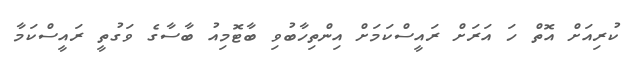
ކުރިއަށް އޮތް ހަ އަރަށް ރައީސްކަމަށް އިންތިހާބުވި ބާޓޮމިއު ބާސާގެ ވަގުތީ ރައީސްކަމާ